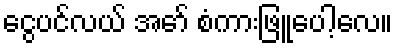
ငွေပင်လယ် အော် စံကားဖြူပေါ့လေ။